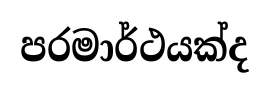
පරමාර්ථයක්ද